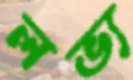
লভ্য